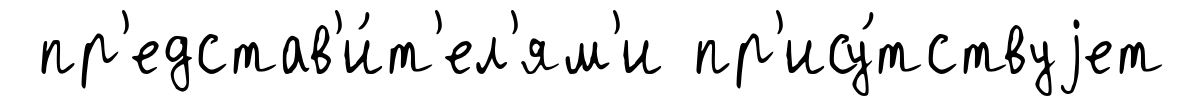
пр'едстав'и́т'ел'ям'и пр'ису́тствуjет